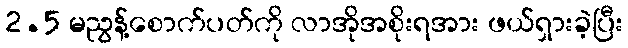
2.5 မညွန့်စောက်ပတ်ကို လာအိုအစိုးရအား ဖယ်ရှားခဲ့ပြီး